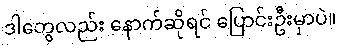
ဒါတွေလည်း နောက်ဆိုရင် ပြောင်းဦးမှာပဲ။